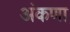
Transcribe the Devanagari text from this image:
अंकणा